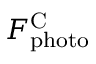
F _ { \mathrm { p h o t o } } ^ { \mathrm { C } }